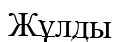
Жұлды